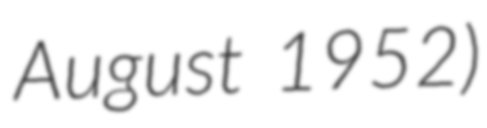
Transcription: August 1952)